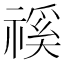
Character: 𥛎